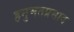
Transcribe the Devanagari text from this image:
हनुमतप्रसाद